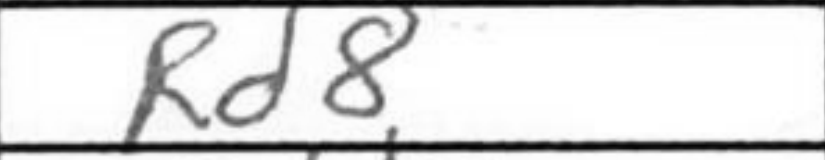
Transcription: Rd8